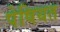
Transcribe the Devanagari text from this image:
पेषियत